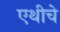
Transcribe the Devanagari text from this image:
एथीचे